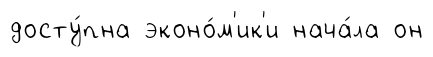
досту́пна эконо́м'ик'и нача́ла он